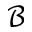
\mathcal { B }